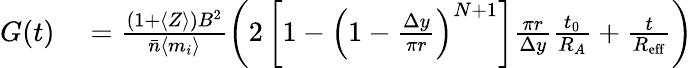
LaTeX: \begin{array}{rl}{G(t)}&{{}=\frac{(1+\langle Z\rangle)B^{2}}{\bar{n}\langle m_{i}\rangle}\left(2\left[1-\left(1-\frac{\Delta y}{\pi r}\right)^{N+1}\right]\frac{\pi r}{\Delta y}\frac{t_{0}}{R_{A}}+\frac{t}{R_{\mathrm{eff}}}\right)}\end{array}